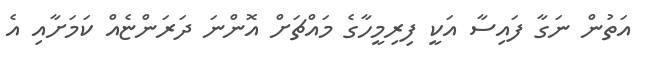
އަތުން ނަގާ ފައިސާ އަކީ ފިރިމީހާގެ މައްޗަށް އޮންނަ ދަރަންޏެއް ކަމަށާއި އެ